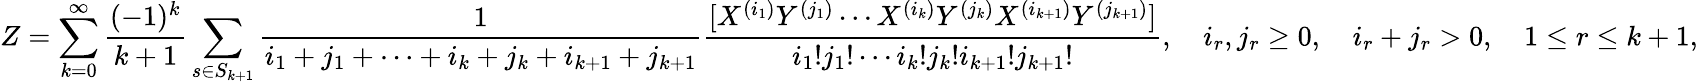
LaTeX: Z=\sum_{k=0}^{\infty}{\frac{(-1)^{k}}{k+1}}\sum_{s\in S_{k+1}}{\frac{1}{i_{1}+j_{1}+\cdots+i_{k}+j_{k}+i_{k+1}+j_{k+1}}}{\frac{[X^{(i_{1})}Y^{(j_{1})}\cdots X^{(i_{k})}Y^{(j_{k})}X^{(i_{k+1})}Y^{(j_{k+1})}]}{i_{1}!j_{1}!\cdots i_{k}!j_{k}!i_{k+1}!j_{k+1}!}},\quad i_{r},j_{r}\geq 0,\quad i_{r}+j_{r}>0,\quad 1\leq r\leq k+1,